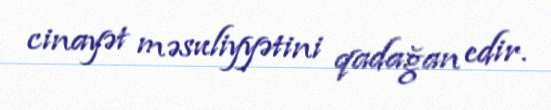
cinayət məsuliyyətini qadağan edir.